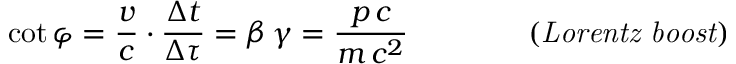
\cot \varphi = \frac { v } { c } \cdot \frac { \Delta t } { \Delta \tau } = \beta \, \gamma = \frac { p \, c } { m \, c ^ { 2 } } \qquad \qquad \mathit { ( L o r e n t z \ b o o s t ) }